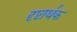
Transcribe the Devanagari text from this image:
दृष्टार्थक